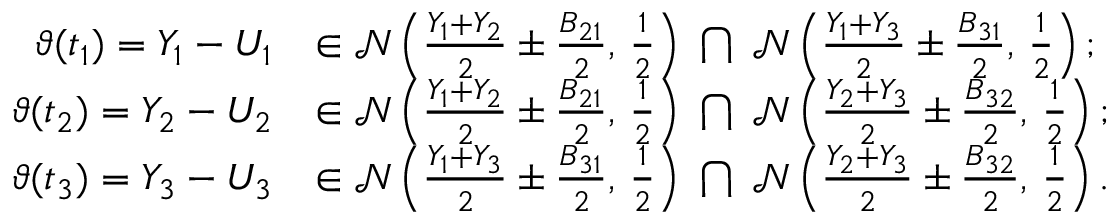
\begin{array} { r l } { \vartheta ( t _ { 1 } ) = Y _ { 1 } - U _ { 1 } } & { \in \mathcal { N } \left( \frac { Y _ { 1 } + Y _ { 2 } } { 2 } \pm \frac { B _ { 2 1 } } { 2 } , \, \frac { 1 } { 2 } \right) \ \bigcap \ \mathcal { N } \left( \frac { Y _ { 1 } + Y _ { 3 } } { 2 } \pm \frac { B _ { 3 1 } } { 2 } , \, \frac { 1 } { 2 } \right) ; } \\ { \vartheta ( t _ { 2 } ) = Y _ { 2 } - U _ { 2 } } & { \in \mathcal { N } \left( \frac { Y _ { 1 } + Y _ { 2 } } { 2 } \pm \frac { B _ { 2 1 } } { 2 } , \, \frac { 1 } { 2 } \right) \ \bigcap \ \mathcal { N } \left( \frac { Y _ { 2 } + Y _ { 3 } } { 2 } \pm \frac { B _ { 3 2 } } { 2 } , \, \frac { 1 } { 2 } \right) ; } \\ { \vartheta ( t _ { 3 } ) = Y _ { 3 } - U _ { 3 } } & { \in \mathcal { N } \left( \frac { Y _ { 1 } + Y _ { 3 } } { 2 } \pm \frac { B _ { 3 1 } } { 2 } , \, \frac { 1 } { 2 } \right) \ \bigcap \ \mathcal { N } \left( \frac { Y _ { 2 } + Y _ { 3 } } { 2 } \pm \frac { B _ { 3 2 } } { 2 } , \, \frac { 1 } { 2 } \right) . } \end{array}